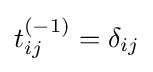
t_{ij}^{(-1)}=\delta _{ij}